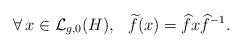
LaTeX: \begin{align*}\forall\, x \in \mathcal{L}_{g,0}(H), \:\:\: \widetilde{f}(x) = \widehat{f}x\widehat{f}^{-1}.\end{align*}